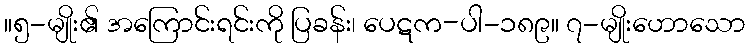
။၅-မျိုး၏ အကြောင်းရင်းကို ပြခန်း၊ ပေဋက-ပါ-၁၈၉။ ၇-မျိုးဟောသော